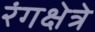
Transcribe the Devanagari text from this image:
रंगक्षेत्रे